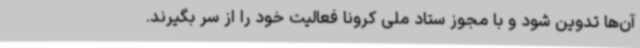
آن‌ها تدوین شود و با مجوز ستاد ملی کرونا فعالیت خود را از سر بگیرند.